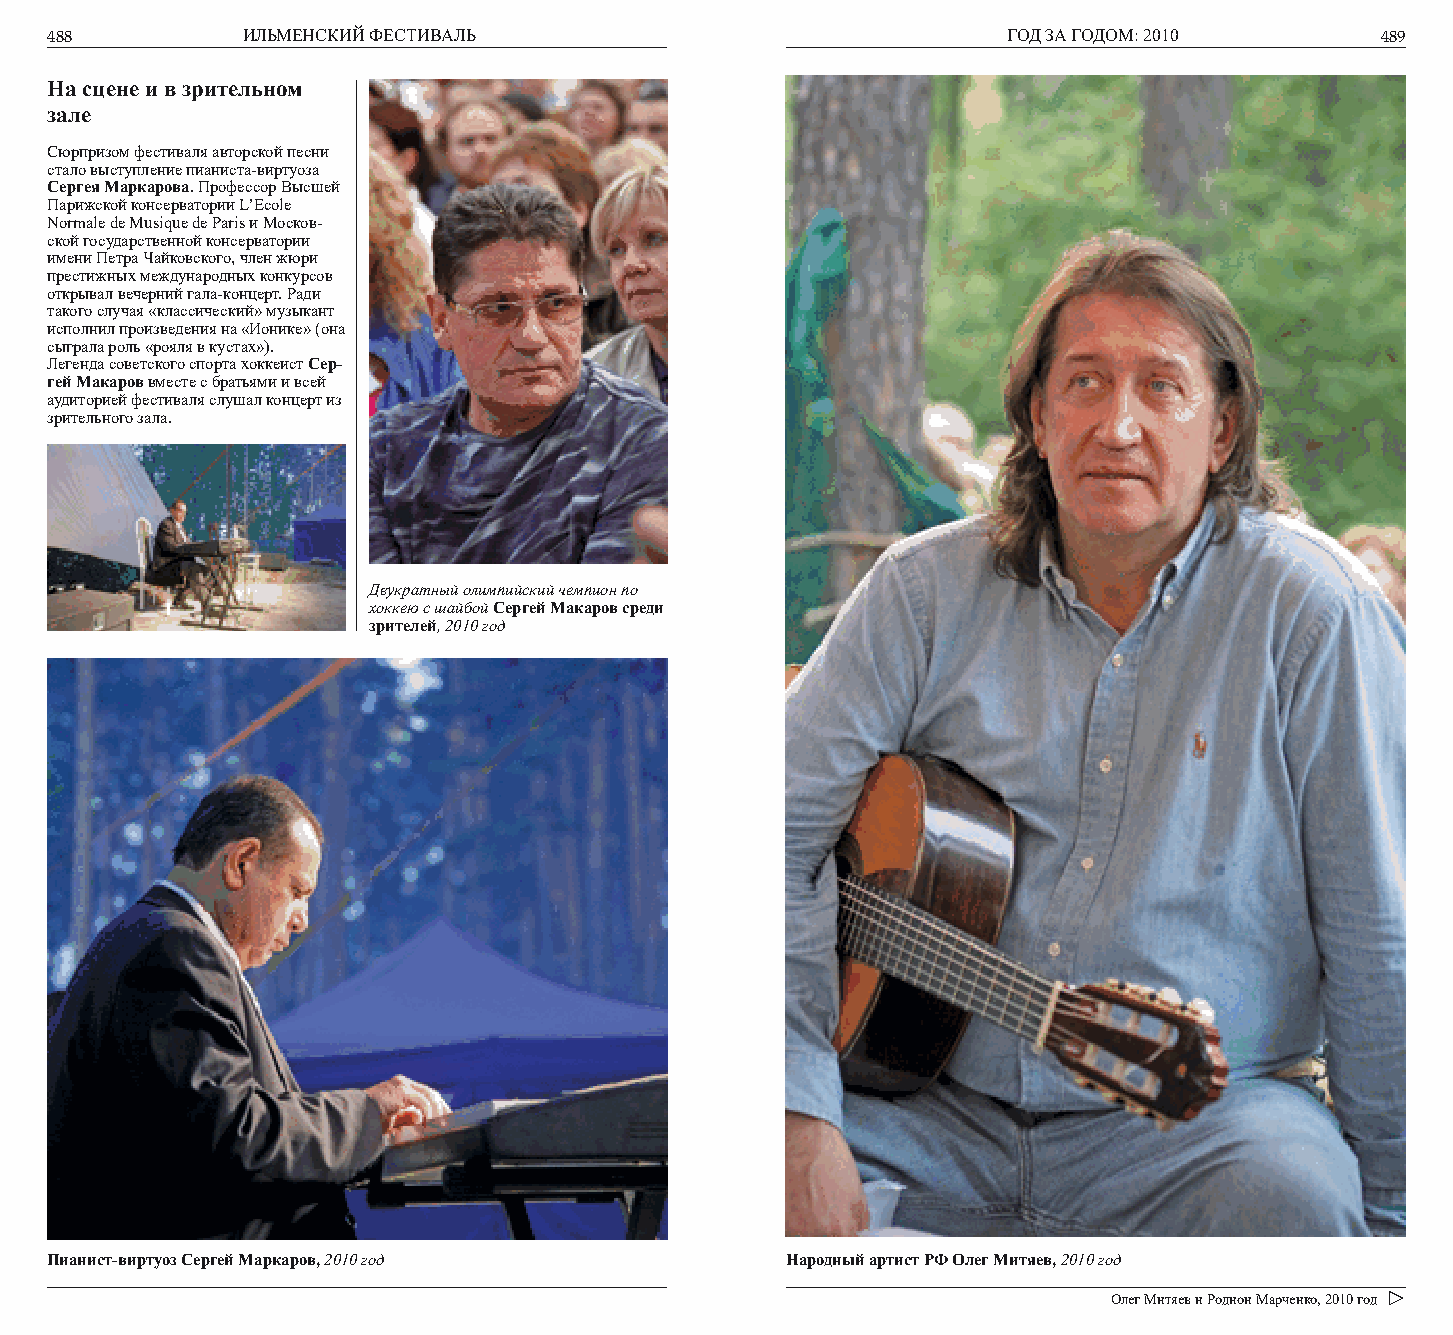
488          ИЛЬМЕНСКИЙ ФЕСТИВАЛЬ                               ГОД ЗА ГОДОМ: 2010      489
 На сцене и в зрительном
 зале
 Сюрпризом фестиваля авторской песни
 стало выступление пианиста-виртуоза
 Сергея Маркарова. Профессор Высшей
 Парижской консерватории L’Ecole
 Normale de Musique de Paris и Москов-
 ской государственной консерватории
 имени Петра Чайковского, член жюри
 престижных международных конкурсов
 открывал вечерний гала-концерт. Ради
 такого случая «классический» музыкант
 исполнил произведения на «Ионике» (она
 сыграла роль «рояля в кустах»).
 Легенда советского спорта хоккеист Сер-
 гей Макаров вместе с братьями и всей
 аудиторией фестиваля слушал концерт из
 зрительного зала.
 Двукратный олимпийский чемпион по
 хоккею с шайбой Сергей Макаров среди
 зрителей, 2010 год
 Пианист-виртуоз Сергей Маркаров, 2010 год        Народный артист РФ Олег Митяев, 2010 год
 Олег Митяев и Родион Марченко, 2010 год